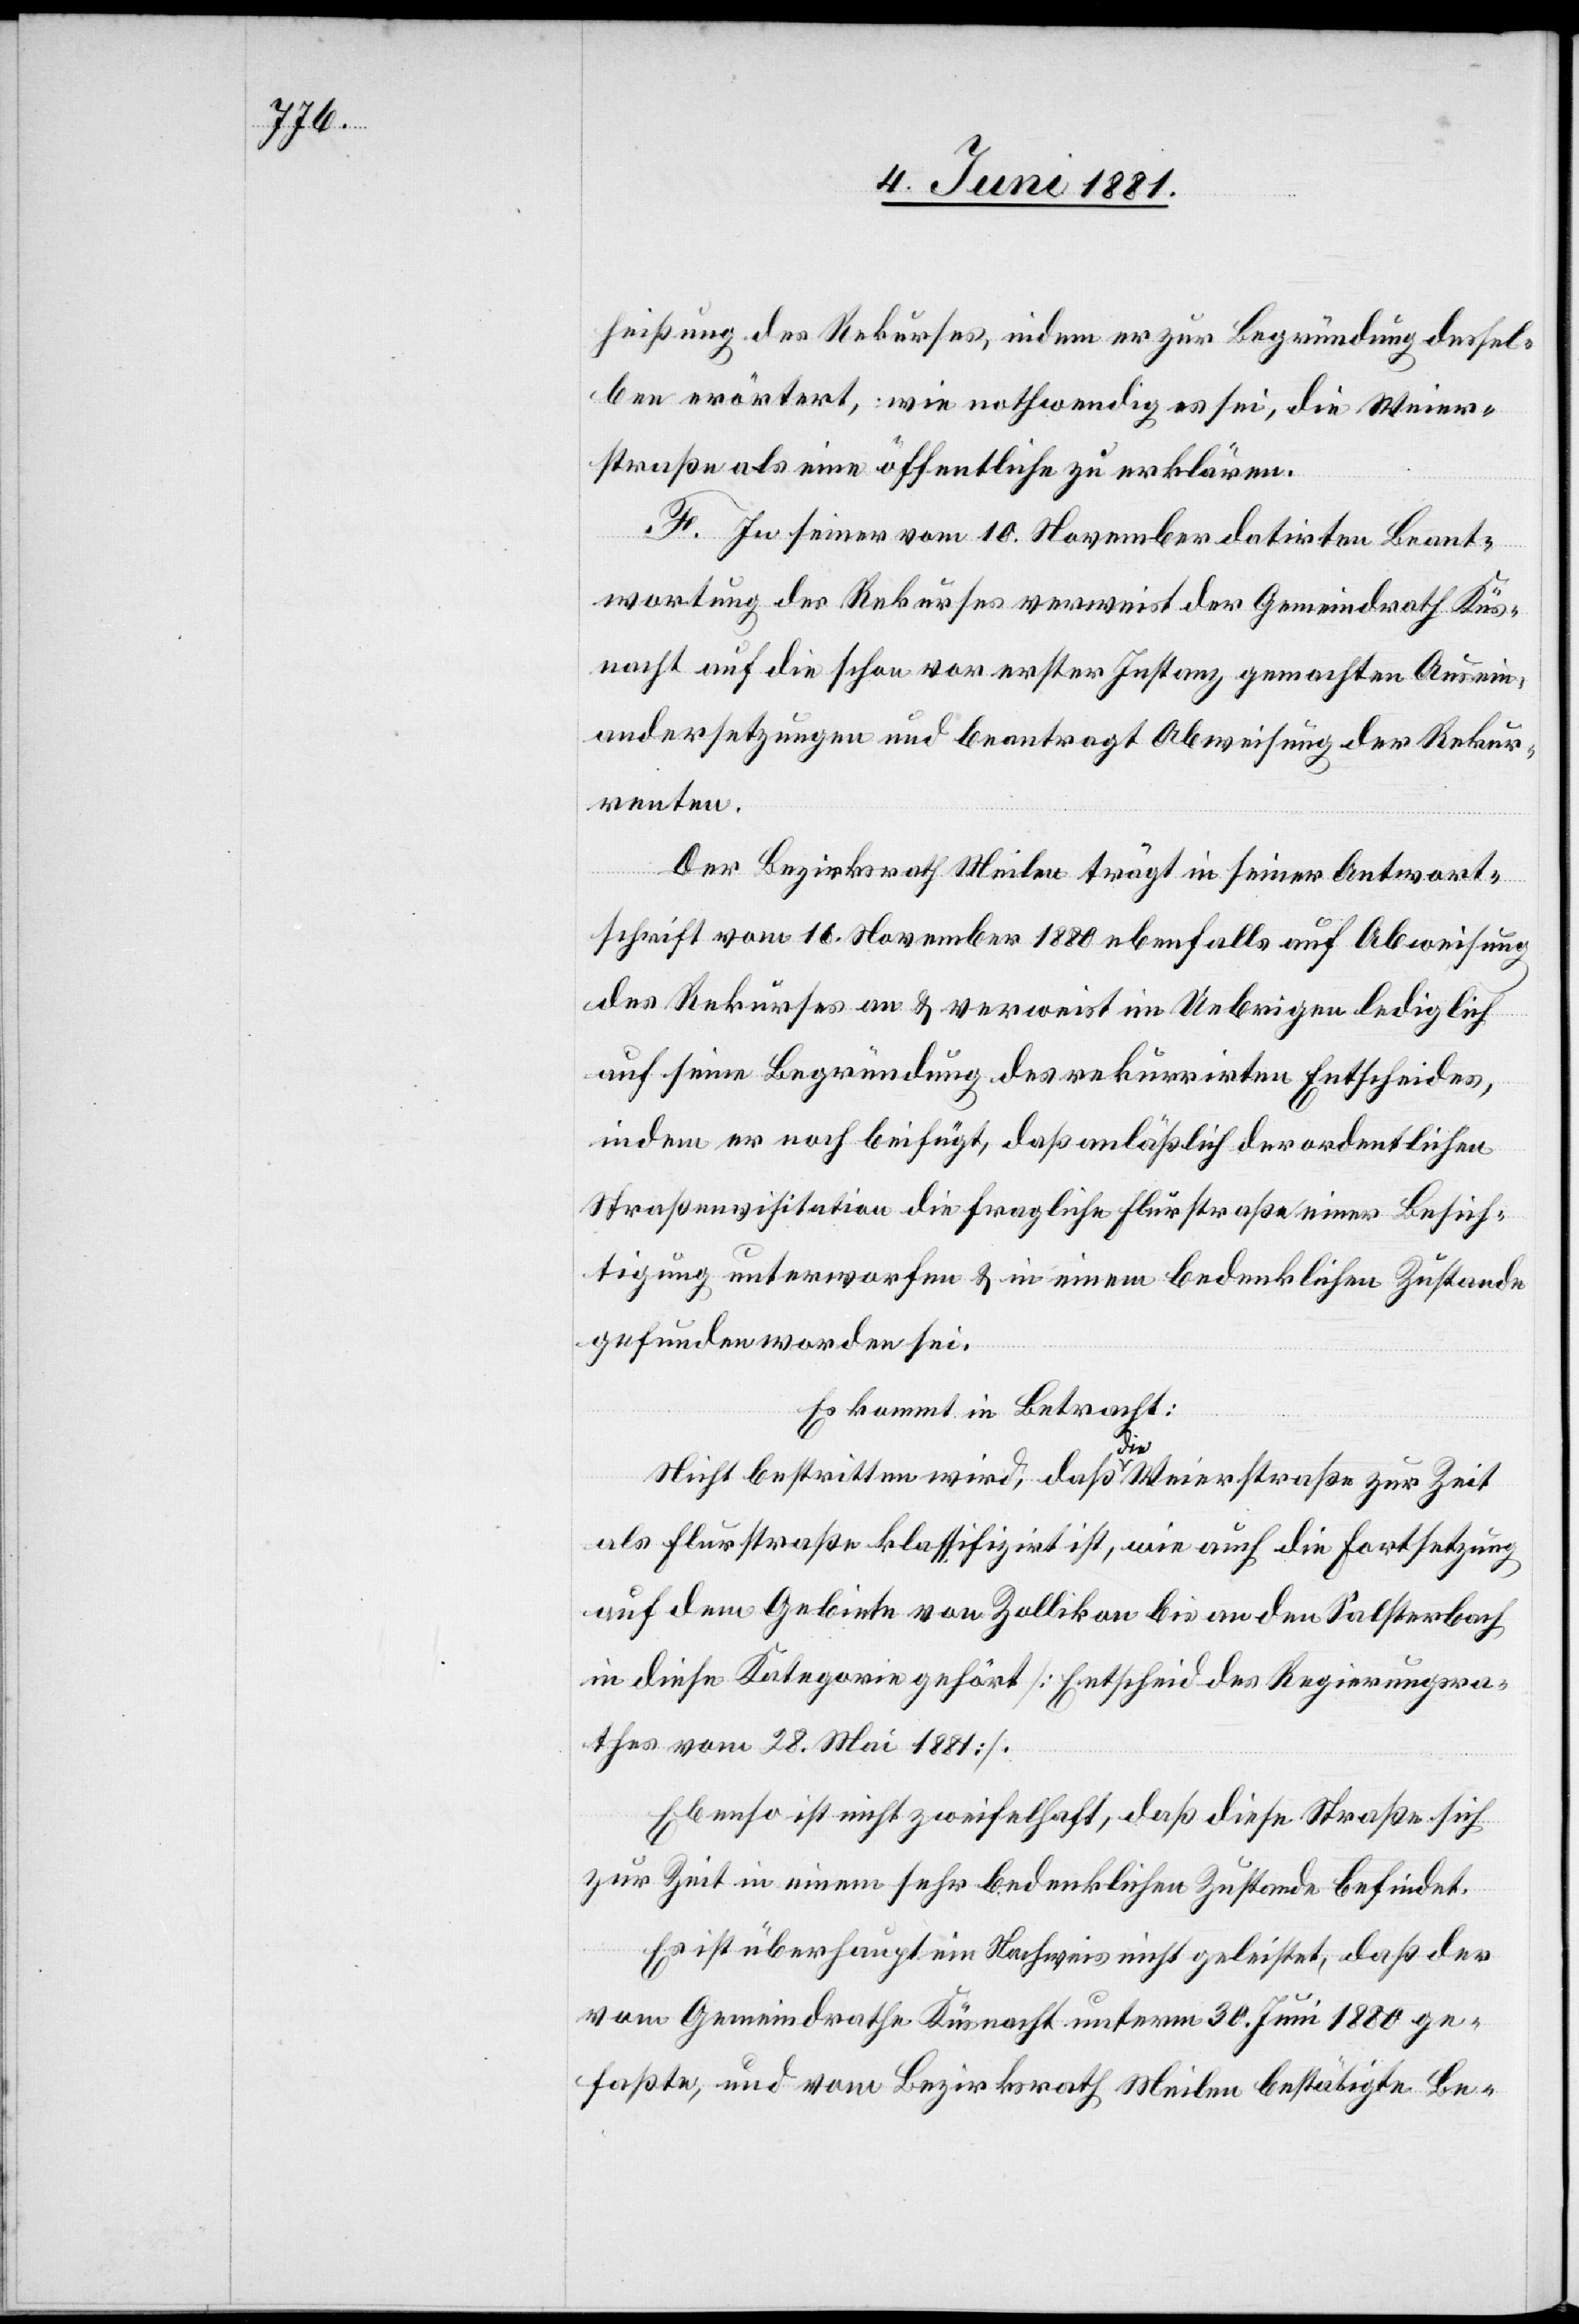
heißung des Rekurses, indem er zur Begründung dessel¬
ben erörtert, wie nothwendig es sei, die Weier¬
straße als eine öffentliche zu erklären.
F. In seiner vom 10. November datirten Beant¬
wortung des Rekurses verweist der Gemeindrath Küs¬
nacht auf die schon vor erster Instanz gemachten Ausein¬
andersetzung und beantragt Abweisung der Rekur¬
renten.
Der Bezirksrath Meilen trägt in seiner Antwort¬
schrift vom 16. November 1880 ebenfalls auf Abweisung
des Rekurses an & verweist im Uebrigen lediglich
auf seine Begründung des rekurrirten Entscheides,
indem er noch beifügt, daß anläßlich der ordentlichen
Straßenvisitation die fragliche Flurstraße einer Besich¬
tigung unterworfen & in einem bedenklichen Zustande
gefunden worden sei.
Es kommt in Betracht:
Nicht bestritten wird, daß die Weierstraße zur Zeit
als Flurstraße klassifizirt ist, wie auch die Fortsetzung
auf dem Gebiete von Zollikon bis an den Salsterbach
in diese Kategorie gehört [Entscheid des Regierungsra¬
thes vom 28. Mai 1881].
Ebenso ist nicht zweifelhaft, daß diese Straße sich
zur Zeit in einem sehr bedenklichen Zustande befindet.
Es ist überhaupt ein Nachweis nicht geleistet, daß der
vom Gemeindrathe Küsnacht unterm 30. Juni 1880 ge¬
faßte, und vom Bezirksrath Meilen bestätigte Be-